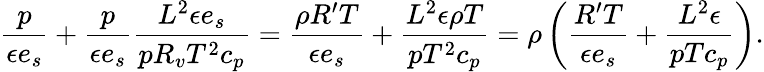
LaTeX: \frac{p}{\epsilon e_{s}}+\frac{p}{\epsilon e_{s}}\frac{L^{2}\epsilon e_{s}}{pR_{v}T^{2}c_{p}}=\frac{\rho R^{\prime}T}{\epsilon e_{s}}+\frac{L^{2}\epsilon\rho T}{pT^{2}c_{p}}=\rho\left(\frac{R^{\prime}T}{\epsilon e_{s}}+\frac{L^{2}\epsilon}{pTc_{p}}\right).